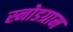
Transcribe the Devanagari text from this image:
स्नोडग्राम